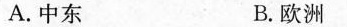
A.中东 B.欧洲